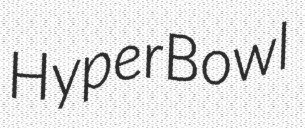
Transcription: HyperBowl